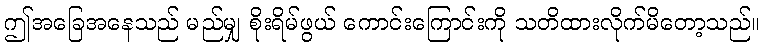
ဤအခြေအနေသည် မည်မျှ စိုးရိမ်ဖွယ် ကောင်းကြောင်းကို သတိထားလိုက်မိတော့သည်။